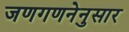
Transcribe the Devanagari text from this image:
जणगणनेनुसार